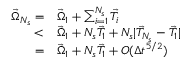
\begin{array} { r l } { \vec { \Omega } _ { N _ { s } } = } & { \vec { \Omega } _ { 1 } + \sum _ { i = 1 } ^ { N _ { s } } \vec { T } _ { i } } \\ { < } & { \vec { \Omega } _ { 1 } + N _ { s } \vec { T } _ { 1 } + N _ { s } | \vec { T } _ { N _ { s } } - \vec { T } _ { 1 } | } \\ { = } & { \vec { \Omega } _ { 1 } + N _ { s } \vec { T } _ { 1 } + O ( \Delta t ^ { 5 / 2 } ) } \end{array}